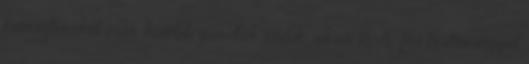
minisztereket már kisebb gárdák védik, akár 18-20 fős testőrséggel